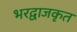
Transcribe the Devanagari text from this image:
भरद्वाजकृत